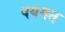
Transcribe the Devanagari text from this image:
वयगत